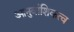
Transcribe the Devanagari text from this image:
आनुवांशिकत्व